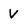
Character: V